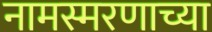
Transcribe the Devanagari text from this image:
नामस्मरणाच्या